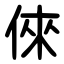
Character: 倈